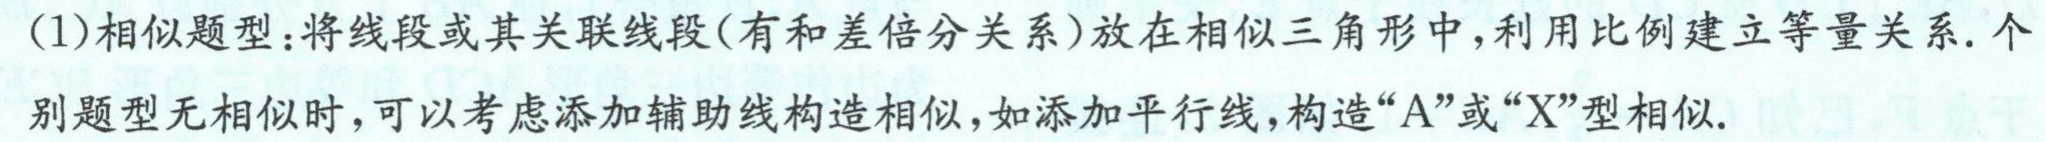
(1)相似题型：将线段或其关联线段(有和差倍分关系)放在相似三角形中，利用比例建立等量关系. 个别题型无相似时，可以考虑添加辅助线构造相似，如添加平行线，构造“A”或“X”型相似.